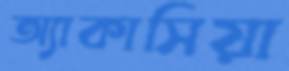
অ্যাকাসিয়া